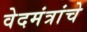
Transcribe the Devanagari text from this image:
वेदमंत्रांचे